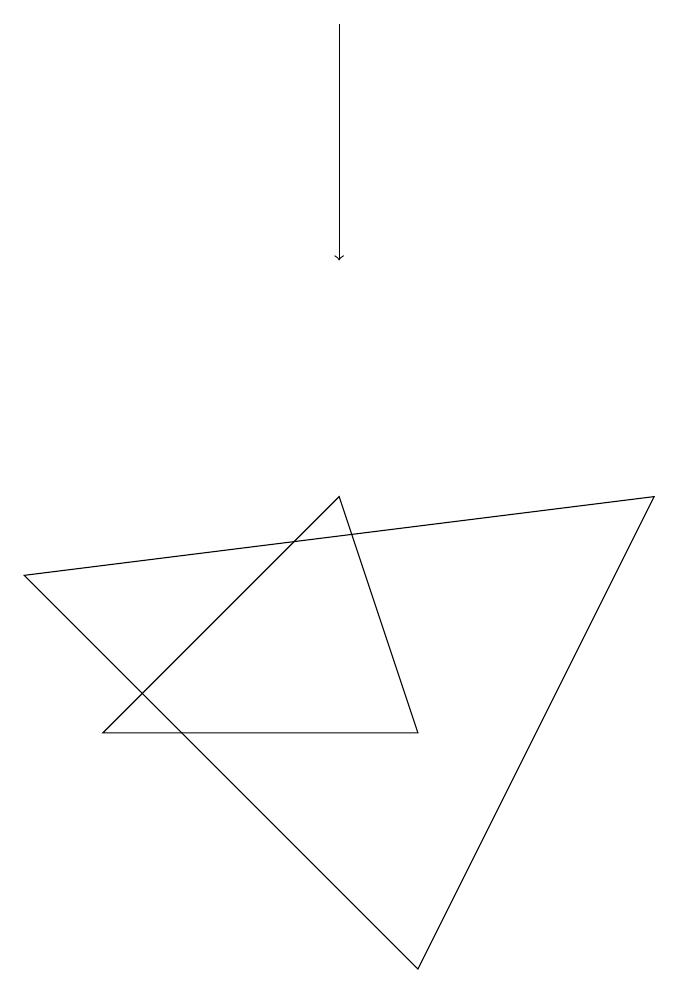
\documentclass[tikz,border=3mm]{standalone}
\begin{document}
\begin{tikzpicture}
\draw (1,6) -- (5,6) -- (4,9) -- cycle;
\draw[->] (4,15) -- (4,12);
\draw (8,9) -- (5,3) -- (0,8) -- cycle;
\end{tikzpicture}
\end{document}